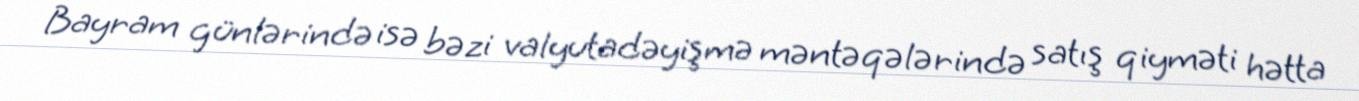
Bayram günlərində isə bəzi valyutadəyişmə məntəqələrində satış qiyməti hətta